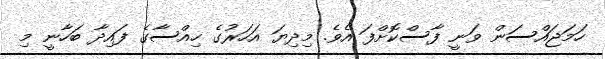
ހަމަޖައްސަން ވަނީ ފާސްކޮށްފަ އެވެ. މިދިޔަ އަހަރުގެ ހިއްސާގެ ފައިދާ ބަހާނީ މި